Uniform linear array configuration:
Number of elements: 12
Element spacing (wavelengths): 1
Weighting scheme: cosine
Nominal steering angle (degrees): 60
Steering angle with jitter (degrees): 61.474
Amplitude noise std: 0.05
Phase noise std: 0.05

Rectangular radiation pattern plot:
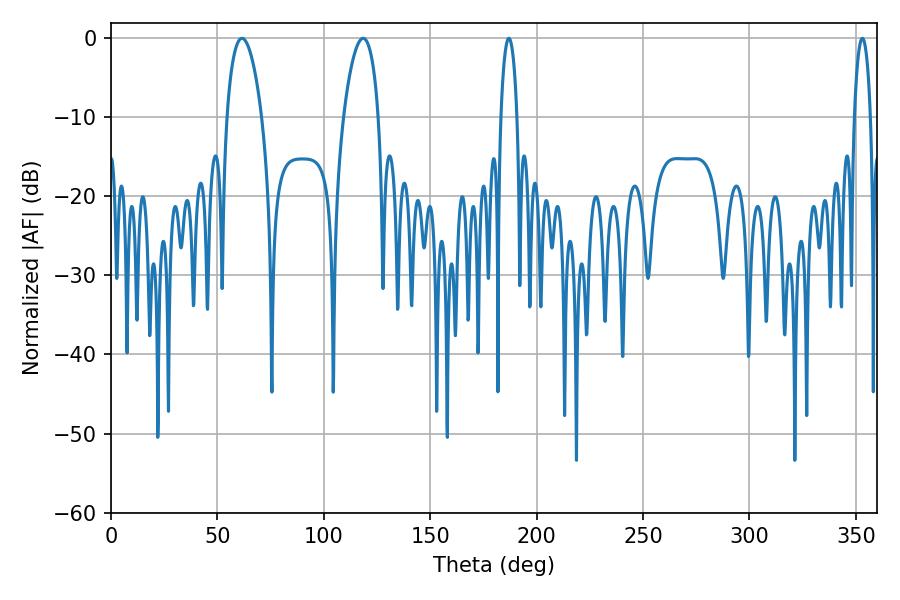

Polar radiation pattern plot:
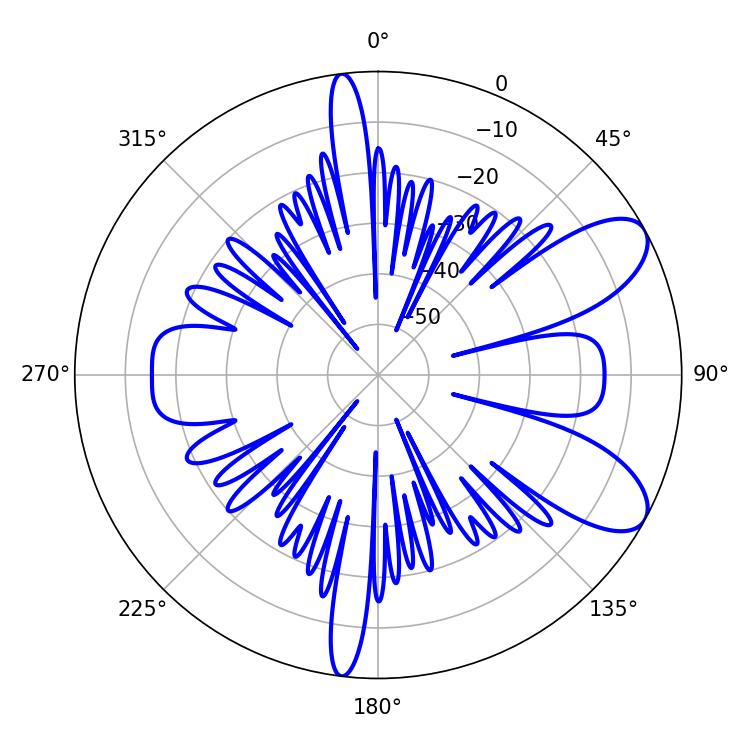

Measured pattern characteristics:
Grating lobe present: TRUE
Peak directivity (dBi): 8.579
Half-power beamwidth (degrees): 9.36
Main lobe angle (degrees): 61.56